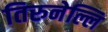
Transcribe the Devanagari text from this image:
तिरुनेल्लि